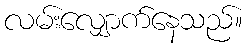
လမ်းလျှောက်နေသည်။